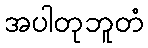
အပါတုဘူတံ